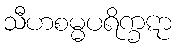
သီဟစမ္မပရိက္ခဋာ